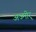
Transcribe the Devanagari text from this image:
अज्मीर्